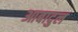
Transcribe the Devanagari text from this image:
आबादुल